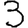
Digit: 3